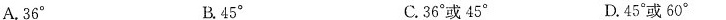
A.36° B.45° C.36°或45° D.45°或60°